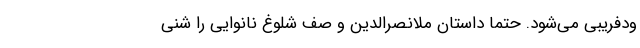
ودفریبی می‌شود. حتماً داستان ملانصرالدین و صف شلوغ نانوایی را شنی